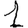
Digit: 1